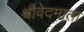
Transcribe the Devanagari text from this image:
श्रीवेदमाता